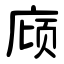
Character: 庼